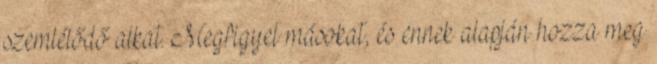
szemlélődő alkat. Megfigyel másokat, és ennek alapján hozza meg